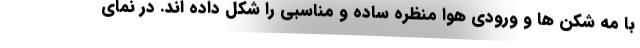
با مه شکن ها و ورودی هوا منظره ساده و مناسبی را شکل داده اند. در نمای